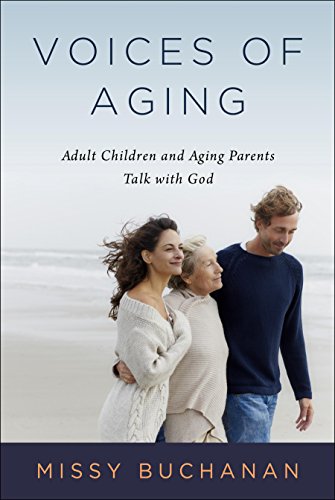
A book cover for Voices of Aging: Adult Children and Aging Parents Talk with God; Missy Buchanan; Parenting & Relationships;